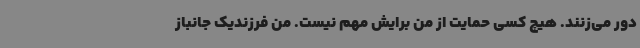
دور می‌زنند. هیچ کسی حمایت از من برایش مهم نیست. من فرزندیک جانباز